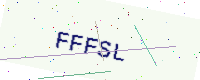
Text: FFFSL